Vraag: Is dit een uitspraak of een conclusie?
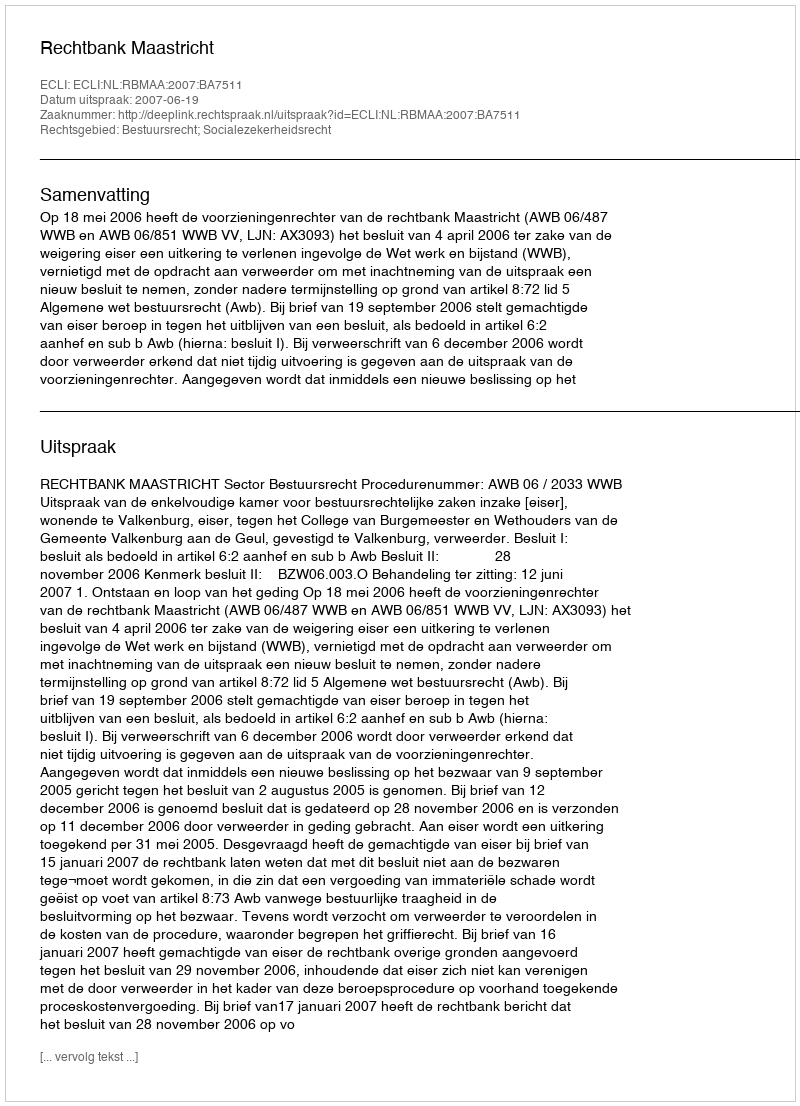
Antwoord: Uitspraak